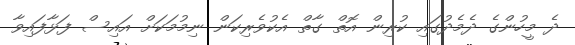
ދެ މީހުންގެ ދެމެދުގައި ކުރިން އޮތް ގާތް އެކުވެރިކަން ނިމުމަކަށް އައިސް ފަޅާފައިވާ